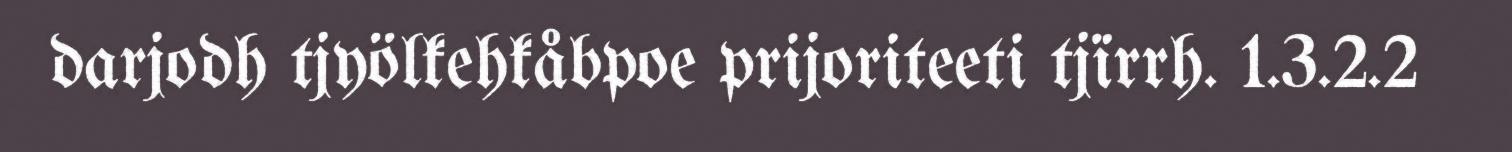
darjodh tjyölkehkåbpoe prijoriteeti tjïrrh. 1.3.2.2